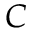
C